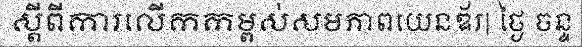
ស្តីពីការលើកកម្ពស់សមភាពយេនឌ័រ| ថ្ងៃ ចន្ទ